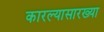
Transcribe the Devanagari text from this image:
कारल्यासारख्या